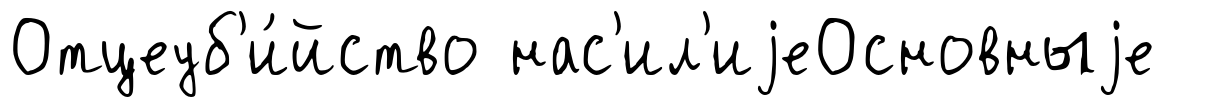
Отцеуб'и́йство нас'ил'иjеОсновныjе